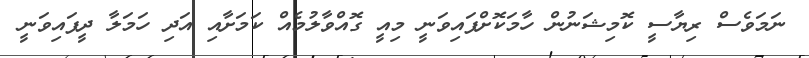
ނަމަވެސް ރިޔާސީ ކޮމިޝަނުން ހާމަކޮށްފައިވަނީ މިއީ ގޮއްވާލުމެއް ކަމަށާއި އަދި ހަމަލާ ދީފައިވަނީ